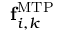
{ \bf f } _ { i , k } ^ { \mathrm { M T P } }